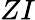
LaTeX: ZI